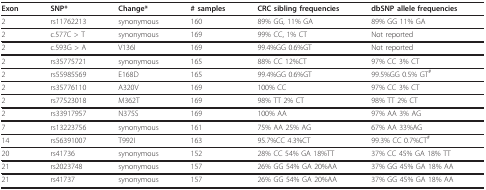
| Exon | SNP* | Change* | # samples | CRC sibling frequencies | dbSNP allele frequencies |
 | --- | --- | --- | --- | --- | --- |
 | 2 | rs11762213 | synonymous | 160 | 89% GG, 11% GA | 89% GG 11% GA |
 | 2 | c.577C > T | synonymous | 169 | 99% CC, 1% CT | Not reported |
 | 2 | c.593G > A | V136I | 169 | 99.4%GG 0.6%GT | Not reported |
 | 2 | rs35775721 | synonymous | 165 | 88% CC 12%CT | 97% CC 3% CT |
 | 2 | rs55985569 | E168D | 165 | 99.4%GG 0.6%GT | 99.5%GG 0.5% GT# |
 | 2 | rs35776110 | A320V | 169 | 100% CC | 97% CC 3% CT |
 | 2 | rs77523018 | M362T | 169 | 98% TT 2% CT | 98% TT 2% CT |
 | 2 | rs33917957 | N375S | 169 | 100% AA | 97% AA 3% AG |
 | 7 | rs13223756 | synonymous | 161 | 75% AA 25% AG | 67% AA 33%AG |
 | 14 | rs56391007 | T992I | 163 | 95.7%CC 4.3%CT | 99.3% CC 0.7%CT# |
 | 20 | rs41736 | synonymous | 152 | 28% CC 54% GA 18%TT | 37% CC 45% GA 18% TT |
 | 21 | rs2023748 | synonymous | 157 | 26% GG 54% GA 20%AA | 37% GG 45% GA 18% AA |
 | 21 | rs41737 | synonymous | 157 | 26% GG 54% GA 20%AA | 37% GG 45% GA 18% AA |